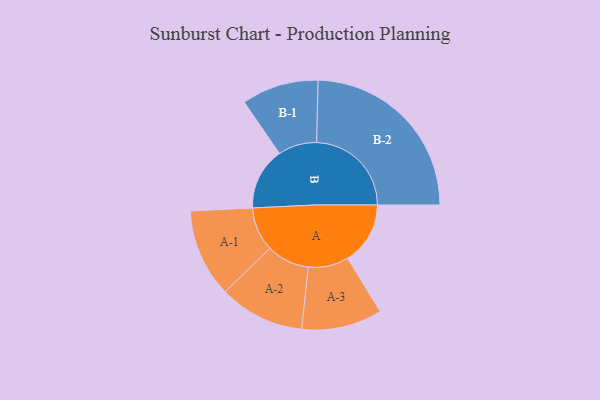
{"axis": {"x": "Segment", "y": "Value"}, "legend": ["", "A", "B"], "data": [{"x": "A", "y": 179, "type": ""}, {"x": "B", "y": 178, "type": ""}, {"x": "A-1", "y": 126, "type": "A"}, {"x": "A-2", "y": 122, "type": "A"}, {"x": "A-3", "y": 115, "type": "A"}, {"x": "B-1", "y": 110, "type": "B"}, {"x": "B-2", "y": 271, "type": "B"}]}